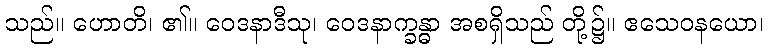
သည်။ ဟောတိ၊ ၏။ ဝေဒနာဒီသု၊ ဝေဒနာက္ခန္ဓာ အစရှိသည် တို့၌။ ဧသေဝနယော၊